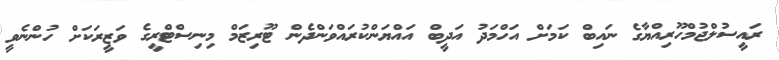
ރައީސުލްޖުމްހޫރިއްޔާގެ ނައިބް ކަމަށް އަހްމަދު އަދީބް އައްޔަންކުރައްވަންދެން ޓޫރިޒަމް މިނިސްޓްރީގެ ވަޒީރަކަށް ހުންނެވީ